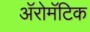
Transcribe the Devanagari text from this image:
अॅरोमॅटिक